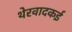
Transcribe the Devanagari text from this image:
थेरवादकई